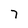
Character: 7